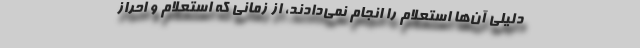
دلیلی آن‌ها استعلام را انجام نمی‌دادند، از زمانی که استعلام و احراز